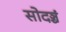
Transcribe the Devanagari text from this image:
सोदञ्चं